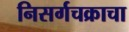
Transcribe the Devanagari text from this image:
निसर्गचक्राचा